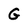
Character: G